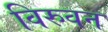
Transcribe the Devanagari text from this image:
विरुवन